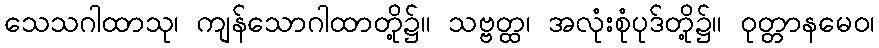
သေသဂါထာသု၊ ကျန်သောဂါထာတို့၌။ သဗ္ဗတ္ထ၊ အလုံးစုံပုဒ်တို့၌။ ဝုတ္တာနမေဝ၊